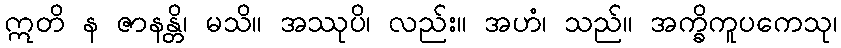
ဣတိ န ဇာနန္တိ၊ မသိ။ အဿုပိ၊ လည်း။ အဟံ၊ သည်။ အက္ခိကူပကေသု၊